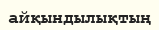
айқындылықтың